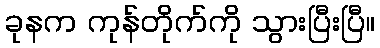
ခုနက ကုန်တိုက်ကို သွားပြီးပြီ။